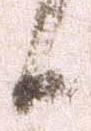
候